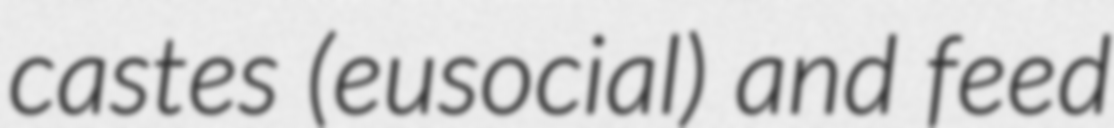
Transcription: castes (eusocial) and feed